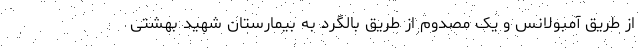
از طریق آمبولانس و یک مصدوم از طریق بالگرد به بیمارستان شهید بهشتی